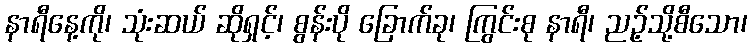
နာရီနေ့ကို၊ သုံးဆယ် ဆိုရှင့်၊ စွန်းပို ခြောက်ခု၊ ကြွင်းစု နာရီ၊ ညဉ့်သို့စီသော၊